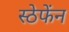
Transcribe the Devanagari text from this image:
स्ठेफेंन